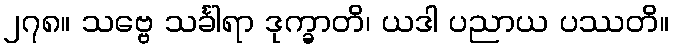
၂၇၈။ သဗ္ဗေ သင်္ခါရာ ဒုက္ခာတိ၊ ယဒါ ပညာယ ပဿတိ။